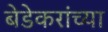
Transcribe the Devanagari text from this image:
बेडेकरांच्या